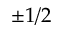
\pm 1 / 2